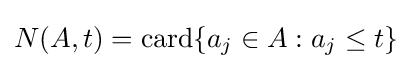
N(A,t)={\mbox{card}}\{a_{j}\in A:a_{j}\leq t\}